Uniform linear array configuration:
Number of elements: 64
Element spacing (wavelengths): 0.75
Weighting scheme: uniform
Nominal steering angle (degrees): -15
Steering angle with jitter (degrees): -16.576
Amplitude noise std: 0.05
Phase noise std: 0.05

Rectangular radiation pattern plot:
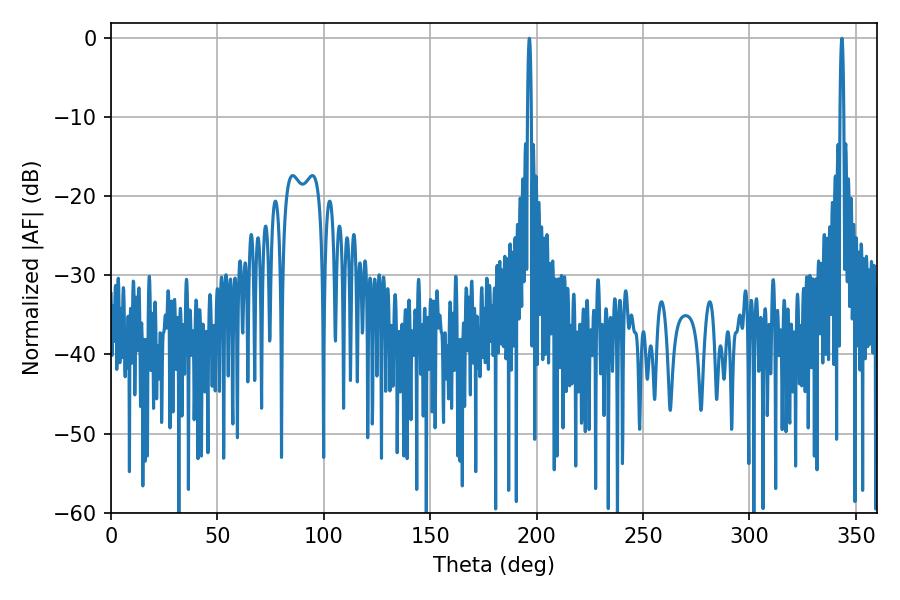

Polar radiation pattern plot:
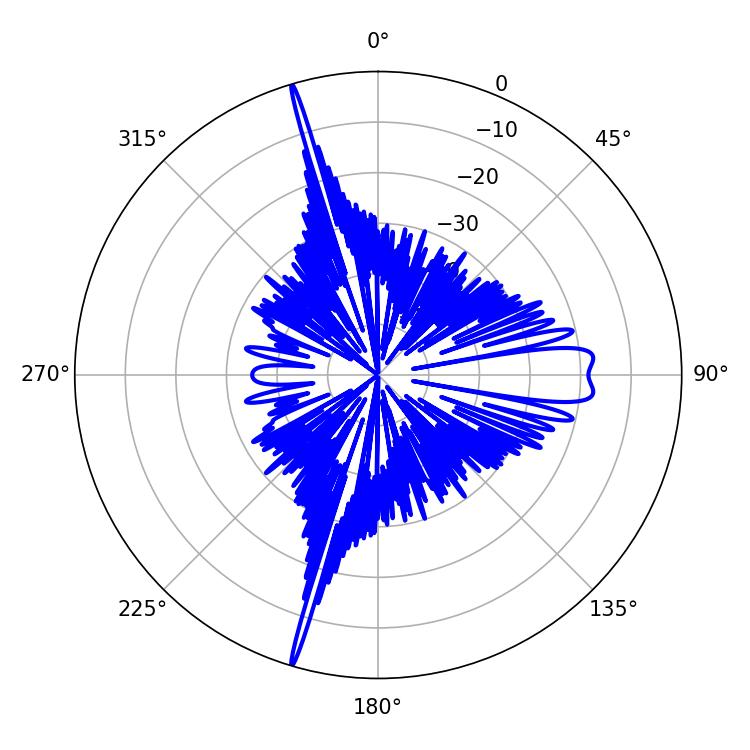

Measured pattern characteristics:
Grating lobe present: TRUE
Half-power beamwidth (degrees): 0.9
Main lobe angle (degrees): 196.56